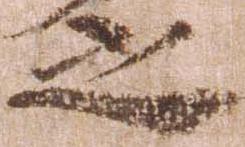
之